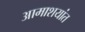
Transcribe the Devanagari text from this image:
आमाशयांत